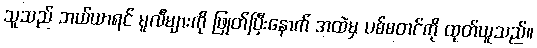
သူသည် ဘယ်ယာရင် မူလီများကို ဖြုတ်ပြီးနောက် အထဲမှ ပစ်စတင်ကို ထုတ်ယူသည်။